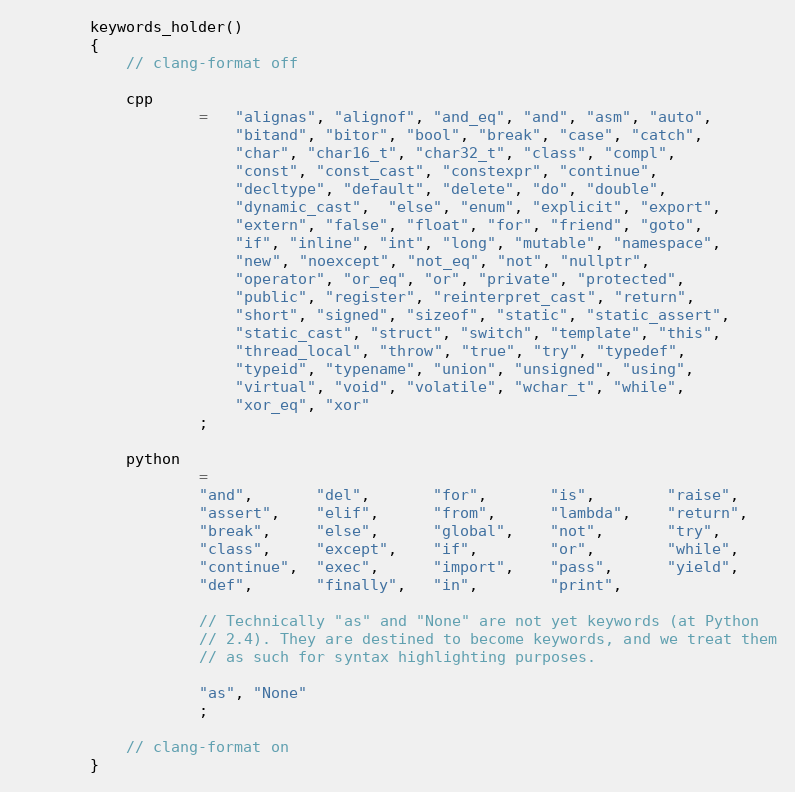
Language: C++
        keywords_holder()
        {
            // clang-format off

            cpp
                    =   "alignas", "alignof", "and_eq", "and", "asm", "auto",
                        "bitand", "bitor", "bool", "break", "case", "catch",
                        "char", "char16_t", "char32_t", "class", "compl",
                        "const", "const_cast", "constexpr", "continue",
                        "decltype", "default", "delete", "do", "double",
                        "dynamic_cast",  "else", "enum", "explicit", "export",
                        "extern", "false", "float", "for", "friend", "goto",
                        "if", "inline", "int", "long", "mutable", "namespace",
                        "new", "noexcept", "not_eq", "not", "nullptr",
                        "operator", "or_eq", "or", "private", "protected",
                        "public", "register", "reinterpret_cast", "return",
                        "short", "signed", "sizeof", "static", "static_assert",
                        "static_cast", "struct", "switch", "template", "this",
                        "thread_local", "throw", "true", "try", "typedef",
                        "typeid", "typename", "union", "unsigned", "using",
                        "virtual", "void", "volatile", "wchar_t", "while",
                        "xor_eq", "xor"
                    ;

            python
                    =
                    "and",       "del",       "for",       "is",        "raise",
                    "assert",    "elif",      "from",      "lambda",    "return",
                    "break",     "else",      "global",    "not",       "try",
                    "class",     "except",    "if",        "or",        "while",
                    "continue",  "exec",      "import",    "pass",      "yield",
                    "def",       "finally",   "in",        "print",

                    // Technically "as" and "None" are not yet keywords (at Python
                    // 2.4). They are destined to become keywords, and we treat them
                    // as such for syntax highlighting purposes.

                    "as", "None"
                    ;

            // clang-format on
        }